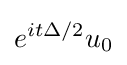
e^{it\Delta /2}u_{0}